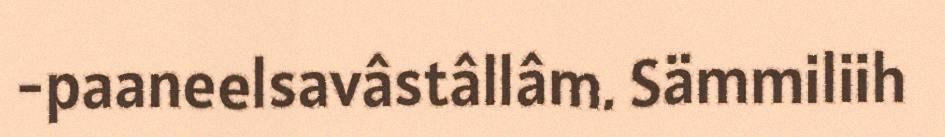
-paaneelsavâstâllâm. Sämmiliih